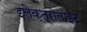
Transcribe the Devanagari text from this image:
इलेक्त्रोलाइट